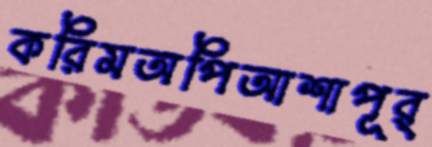
করিমঅপিআশাপূর্